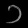
Digit: ၁